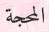
المحجة